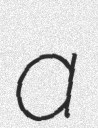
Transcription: a